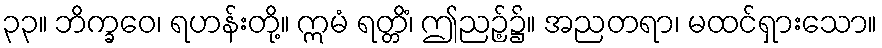
၃၃။ ဘိက္ခဝေ၊ ရဟန်းတို့။ ဣမံ ရတ္တိံ၊ ဤညဉ့်၌။ အညတရာ၊ မထင်ရှားသော။